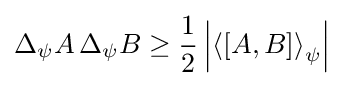
\Delta _{\psi }A\,\Delta _{\psi }B\geq {\frac {1}{2}}\left|\left\langle \left[{A},{B}\right]\right\rangle _{\psi }\right|